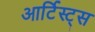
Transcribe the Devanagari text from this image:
आर्टिस्ट्‍स